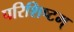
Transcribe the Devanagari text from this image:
परिशिष्टम्